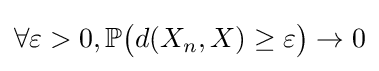
\forall \varepsilon >0,\mathbb {P} {\big (}d(X_{n},X)\geq \varepsilon {\big )}\to 0